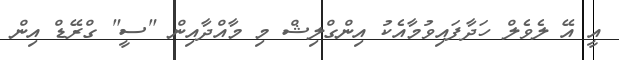
އީ އޭ ލެވެލް ހަދާފައިވުމާއެކު އިންގްލިޝް މި މާއްދާއިން "ސީ" ގްރޭޑް އިން